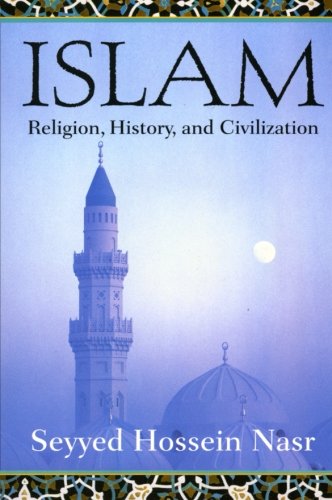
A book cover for Islam: Religion, History, and Civilization; Seyyed Hossein Nasr; Religion & Spirituality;